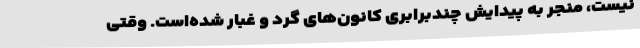
نیست، منجر به پیدایش چندبرابری کانون‌های گرد و غبار شده‌است. وقتی